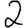
Digit: 2